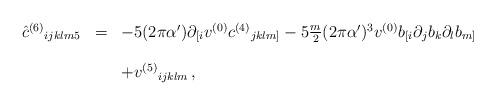
LaTeX: \begin{align*}\begin{array}{rcl}{\hat c}^{(6)}{}_{ijklm5} & = &-5(2\pi\alpha^\prime) \partial_{[i}v^{(0)}c^{(4)}{}_{jklm]}-5{\textstyle\frac{m}{2}}(2\pi\alpha^\prime)^{3}v^{(0)} b_{[i}\partial_j b_k\partial_l b_{m]}\\& & \\& & +v^{(5)}{}_{ijklm}\, ,\\\end{array}\end{align*}